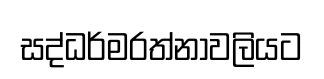
සද්ධර්මරත්නාවලියට